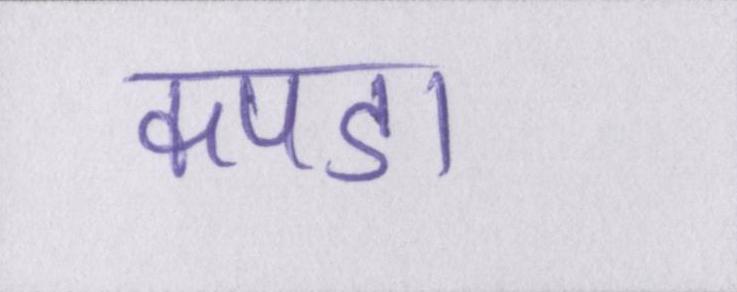
कपडा